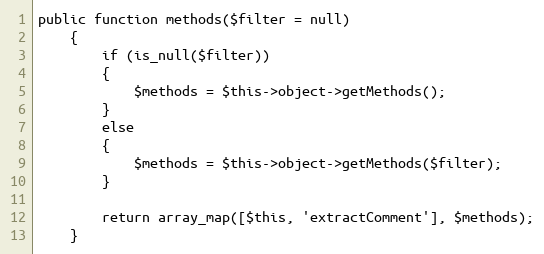
Language: PHP
public function methods($filter = null)
    {
        if (is_null($filter))
        {
            $methods = $this->object->getMethods();
        }
        else
        {
            $methods = $this->object->getMethods($filter);
        }

        return array_map([$this, 'extractComment'], $methods);
    }